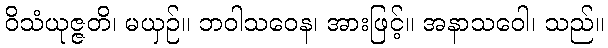
ဝိသံယုဇ္ဇတိ၊ မယှဉ်။ ဘဝါသဝေန၊ အားဖြင့်။ အနာသဝေါ၊ သည်။